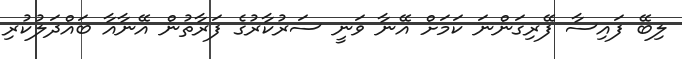
ލިބޭ ފައިސާ ފޭރިގަންނަ ކަމަށް އޭނާ ވަނީ ސަރުކާރުގެ ފަރާތުން އޭނާއާ ބައްދަލުކުރި